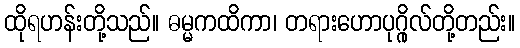
ထိုရဟန်းတို့သည်။ ဓမ္မကထိကာ၊ တရားဟောပုဂ္ဂိုလ်တို့တည်း။